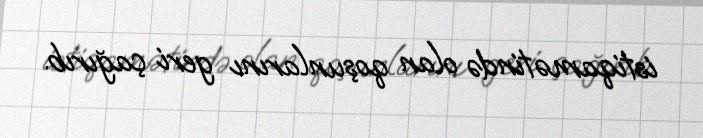
istiqamətində olan qoşunlarını geri çağırıb.